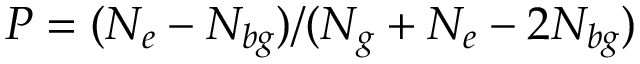
P = ( N _ { e } - N _ { b g } ) / ( N _ { g } + N _ { e } - 2 N _ { b g } )